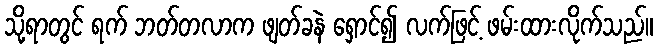
သို့ရာတွင် ရက် ဘတ်တလာက ဖျတ်ခနဲ ရှောင်၍ လက်ဖြင့် ဖမ်းထားလိုက်သည်။